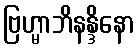
ဗြဟ္မာဘိနန္ဒိနော